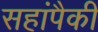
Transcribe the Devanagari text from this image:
सहांपैकी